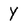
Character: Y